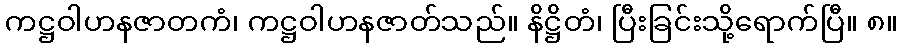
ကဋ္ဌဝါဟနဇာတကံ၊ ကဋ္ဌဝါဟနဇာတ်သည်။ နိဋ္ဌိတံ၊ ပြီးခြင်းသို့ရောက်ပြီ။ ၈။